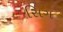
સિગ